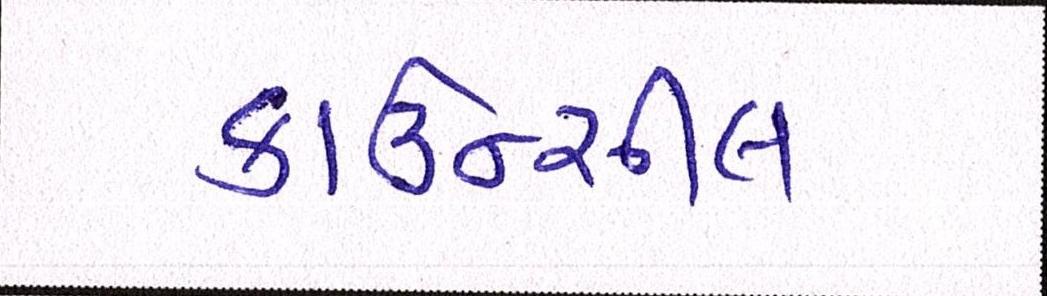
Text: કાઉન્સીલ